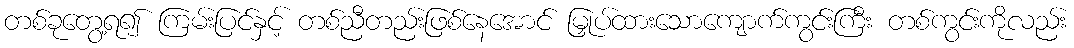
တစ်ခုတွေ့ရ၍ ကြမ်းပြင်နှင့် တစ်ညီတည်းဖြစ်နေအောင် မြှုပ်ထားသောကျောက်ကွင်းကြီး တစ်ကွင်းကိုလည်း